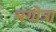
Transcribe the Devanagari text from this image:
मगोत्रा